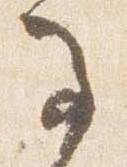
馬